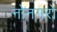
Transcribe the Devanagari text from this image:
नोनगरो